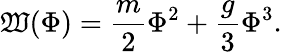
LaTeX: \mathfrak{W}(\Phi)=\frac{{m}}{{2}}\Phi^{2}+\frac{{g}}{{3}}\Phi^{3}.